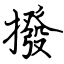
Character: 撥